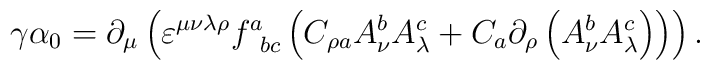
\gamma \alpha _{0}=\partial _{\mu }\left( \varepsilon ^{\mu \nu \lambda \rho}f_{\;\;bc}^{a}\left( C_{\rho a}A_{\nu }^{b}A_{\lambda }^{c}+C_{a}\partial_{\rho }\left( A_{\nu }^{b}A_{\lambda }^{c}\right) \right) \right) .